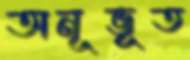
অনূভূত